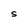
Character: S